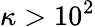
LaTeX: \kappa>10^{2}